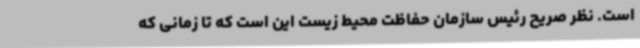
است. نظر صریح رئیس سازمان حفاظت محیط زیست این است که تا زمانی که